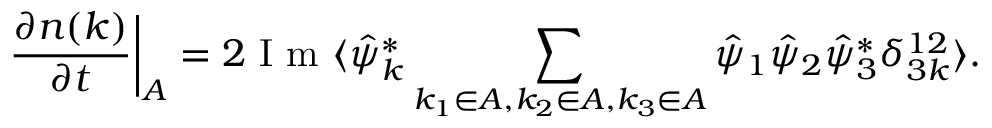
\frac { \partial n ( k ) } { \partial t } \biggr \rvert _ { A } = 2 \textnormal { I m } \langle \hat { \psi } _ { k } ^ { * } \sum _ { k _ { 1 } \in A , k _ { 2 } \in A , k _ { 3 } \in A } \hat { \psi } _ { 1 } \hat { \psi } _ { 2 } \hat { \psi } _ { 3 } ^ { * } \delta _ { 3 k } ^ { 1 2 } \rangle .